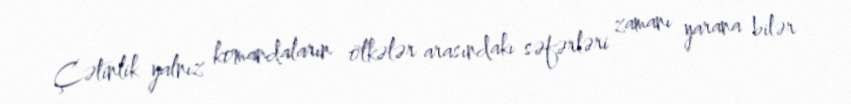
Çətinlik yalnız komandaların ölkələr arasındakı səfərləri zamanı yarana bilər